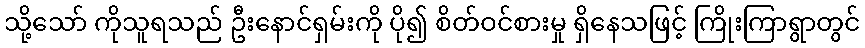
သို့သော် ကိုသူရသည် ဦးနောင်ရှမ်းကို ပို၍ စိတ်ဝင်စားမှု ရှိနေသဖြင့် ကြိုးကြာရွာတွင်